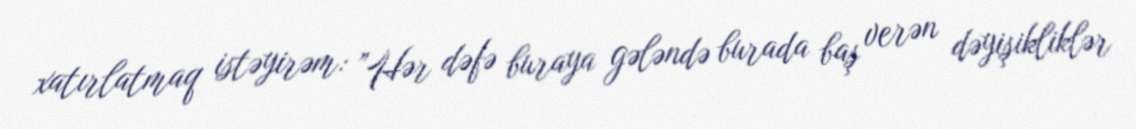
xatırlatmaq istəyirəm: ”Hər dəfə buraya gələndə burada baş verən dəyişikliklər